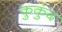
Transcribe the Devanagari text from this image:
कुकुंद